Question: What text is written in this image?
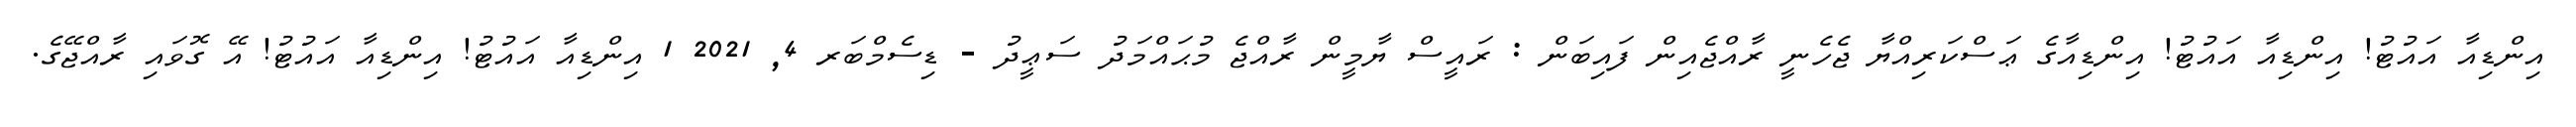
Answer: އިންޑިއާ އައުޓު! އިންޑިއާ އައުޓު! އިންޑިއާގެ ޢަސްކަރިއްޔާ ޖެހެނީ ރާއްޖެއިން ފައިބަން : ރައީސް ޔާމީން ރާއްޖެ މުޙައްމަދު ސަޢީދު - ޑިސެމްބަރ 4, 2021 1 އިންޑިއާ އައުޓު! އިންޑިއާ އައުޓު! އޭ ގޮވައި ރާއްޖޭގެ.